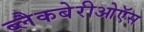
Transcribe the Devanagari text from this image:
ब्लैकबेरीओऍस